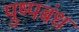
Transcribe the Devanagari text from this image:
पुष्पबंध